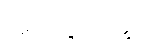
အနုပုဗ္ဗသိက္ခာ